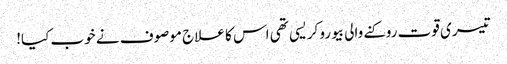
تیسری قوت روکنے والی بیورو کریسی تھی اس کا علاج موصوف نے خوب کیا!